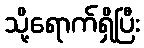
သို့ရောက်ရှိပြီး